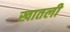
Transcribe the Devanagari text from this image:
खातली